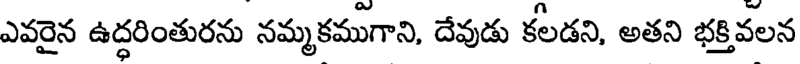
ఎవరైన ఉద్ధరింతురను నమ్మకముగాని, దేవుడు కలడని, అతని భక్తివలన